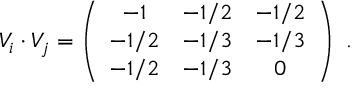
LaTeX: V _ { i } \cdot V _ { j } = \left( \begin{array} { c c c } { { - 1 } } & { { - 1 / 2 } } & { { - 1 / 2 } } \\ { { - 1 / 2 } } & { { - 1 / 3 } } & { { - 1 / 3 } } \\ { { - 1 / 2 } } & { { - 1 / 3 } } & { { 0 } } \end{array} \right) ~ .